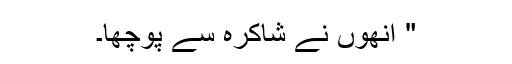
" اُنھوں نے شاکرہ سے پوچھا۔